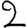
Digit: 2